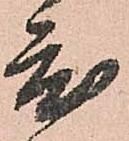
度